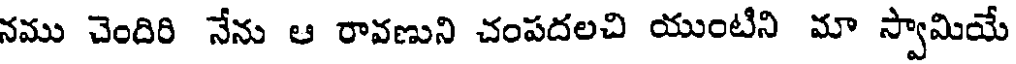
నము చెందిరి నేను ఆ రావణుని చంపదలచి యుంటిని మా స్వామియే